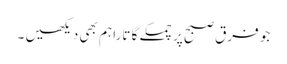
جو فرقِ صبح پر چمکے گا تارا ہم بھی دیکھیں ۔